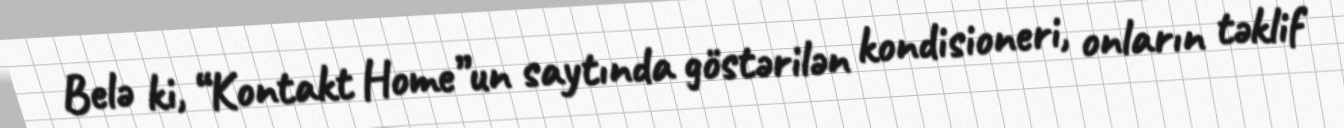
Belə ki, “Kontakt Home”un saytında göstərilən kondisioneri, onların təklif